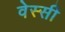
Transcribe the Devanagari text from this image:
वेस्सी